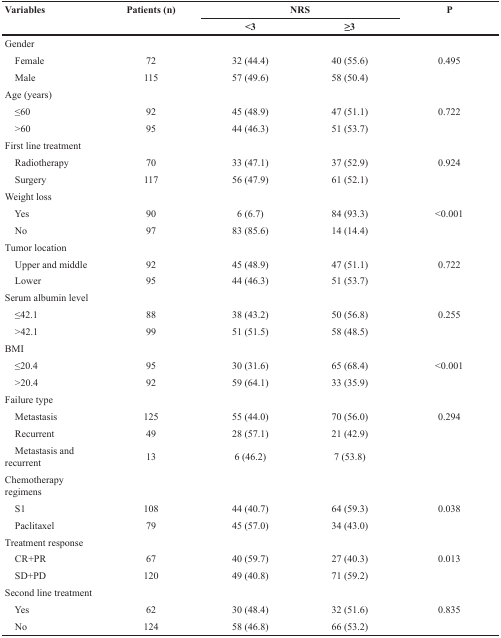
<table><thead><tr><td><b>Variables</b></td><td><b>Patients (n)</b></td><td colspan="2"><b>NRS</b></td><td><b>P</b></td></tr><tr><td></td><td></td><td><b>&lt;3</b></td><td><b>≥3</b></td><td></td></tr></thead><tbody><tr><td>Gender</td><td></td><td></td><td></td><td></td></tr><tr><td> Female</td><td>72</td><td>32 (44.4)</td><td>40 (55.6)</td><td>0.495</td></tr><tr><td> Male</td><td>115</td><td>57 (49.6)</td><td>58 (50.4)</td><td></td></tr><tr><td>Age (Years)</td><td></td><td></td><td></td><td></td></tr><tr><td> ≤60</td><td>92</td><td>45 (48.9)</td><td>47 (51.1)</td><td>0.722</td></tr><tr><td> &gt;60</td><td>95</td><td>44 (46.3)</td><td>51 (53.7)</td><td></td></tr><tr><td>First line treatment</td><td></td><td></td><td></td><td></td></tr><tr><td> Radiotherapy</td><td>70</td><td>33 (47.1)</td><td>37 (52.9)</td><td>0.924</td></tr><tr><td> Surgery</td><td>117</td><td>56 (47.9)</td><td>61 (52.1)</td><td></td></tr><tr><td>Weight loss</td><td></td><td></td><td></td><td></td></tr><tr><td> Yes</td><td>90</td><td>6 (6.7)</td><td>84 (93.3)</td><td>&lt;0.001</td></tr><tr><td> No</td><td>97</td><td>83 (85.6)</td><td>14 (14.4)</td><td></td></tr><tr><td>Tumor location</td><td></td><td></td><td></td><td></td></tr><tr><td> Upper and middle</td><td>92</td><td>45 (48.9)</td><td>47 (51.1)</td><td>0.722</td></tr><tr><td> Lower</td><td>95</td><td>44 (46.3)</td><td>51 (53.7)</td><td></td></tr><tr><td>Serum albumin level</td><td></td><td></td><td></td><td></td></tr><tr><td> ≤42.1</td><td>88</td><td>38 (43.2)</td><td>50 (56.8)</td><td>0.255</td></tr><tr><td> &gt;42.1</td><td>99</td><td>51 (51.5)</td><td>58 (48.5)</td><td></td></tr><tr><td>BMI</td><td></td><td></td><td></td><td></td></tr><tr><td> ≤20.4</td><td>95</td><td>30 (31.6)</td><td>65 (68.4)</td><td>&lt;0.001</td></tr><tr><td> &gt;20.4</td><td>92</td><td>59 (64.1)</td><td>33 (35.9)</td><td></td></tr><tr><td>Failure type</td><td></td><td></td><td></td><td></td></tr><tr><td> Metastasis</td><td>125</td><td>55 (44.0)</td><td>70 (56.0)</td><td>0.294</td></tr><tr><td> Recurrent</td><td>49</td><td>28 (57.1)</td><td>21 (42.9)</td><td></td></tr><tr><td> Metastasis and recurrent</td><td>13</td><td>6 (46.2)</td><td>7 (53.8)</td><td></td></tr><tr><td>Chemotherapy regimens</td><td></td><td></td><td></td><td></td></tr><tr><td> S1</td><td>108</td><td>44 (40.7)</td><td>64 (59.3)</td><td>0.038</td></tr><tr><td> Paclitaxel</td><td>79</td><td>45 (57.0)</td><td>34 (43.0)</td><td></td></tr><tr><td>Treatment response</td><td></td><td></td><td></td><td></td></tr><tr><td> CR+PR</td><td>67</td><td>40 (59.7)</td><td>27 (40.3)</td><td>0.013</td></tr><tr><td> SD+PD</td><td>120</td><td>49 (40.8)</td><td>71 (59.2)</td><td></td></tr><tr><td>Second line treatment</td><td></td><td></td><td></td><td></td></tr><tr><td> Yes</td><td>62</td><td>30 (48.4)</td><td>32 (51.6)</td><td>0.835</td></tr><tr><td> No</td><td>124</td><td>58 (46.8)</td><td>66 (53.2)</td><td></td></tr></tbody></table>